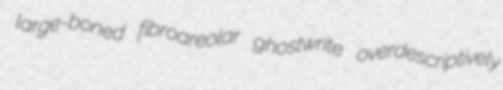
large-boned fibroareolar ghostwrite overdescriptively